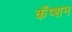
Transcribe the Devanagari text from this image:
कॅप्शन